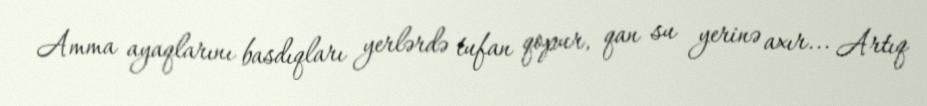
Amma ayaqlarını basdıqları yerlərdə tufan qopur, qan su yerinə axır... Artıq